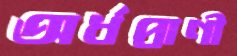
অর্ধপ্রাণী